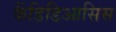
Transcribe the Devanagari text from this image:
कैंडिडिआसिस